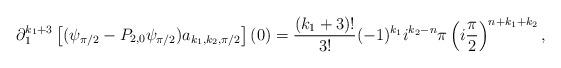
LaTeX: \begin{align*}\partial_1^{k_1+3} \left[ (\psi_{\pi/2}-P_{2,0} \psi_{\pi/2}) a_{k_1,k_2,\pi/2}\right](0)= \frac{(k_1+3)!}{ 3 !} (-1)^{k_1} i^{k_2-n} \pi\left(i \frac{\pi}{2}\right)^{n+k_1+k_2} ,\end{align*}